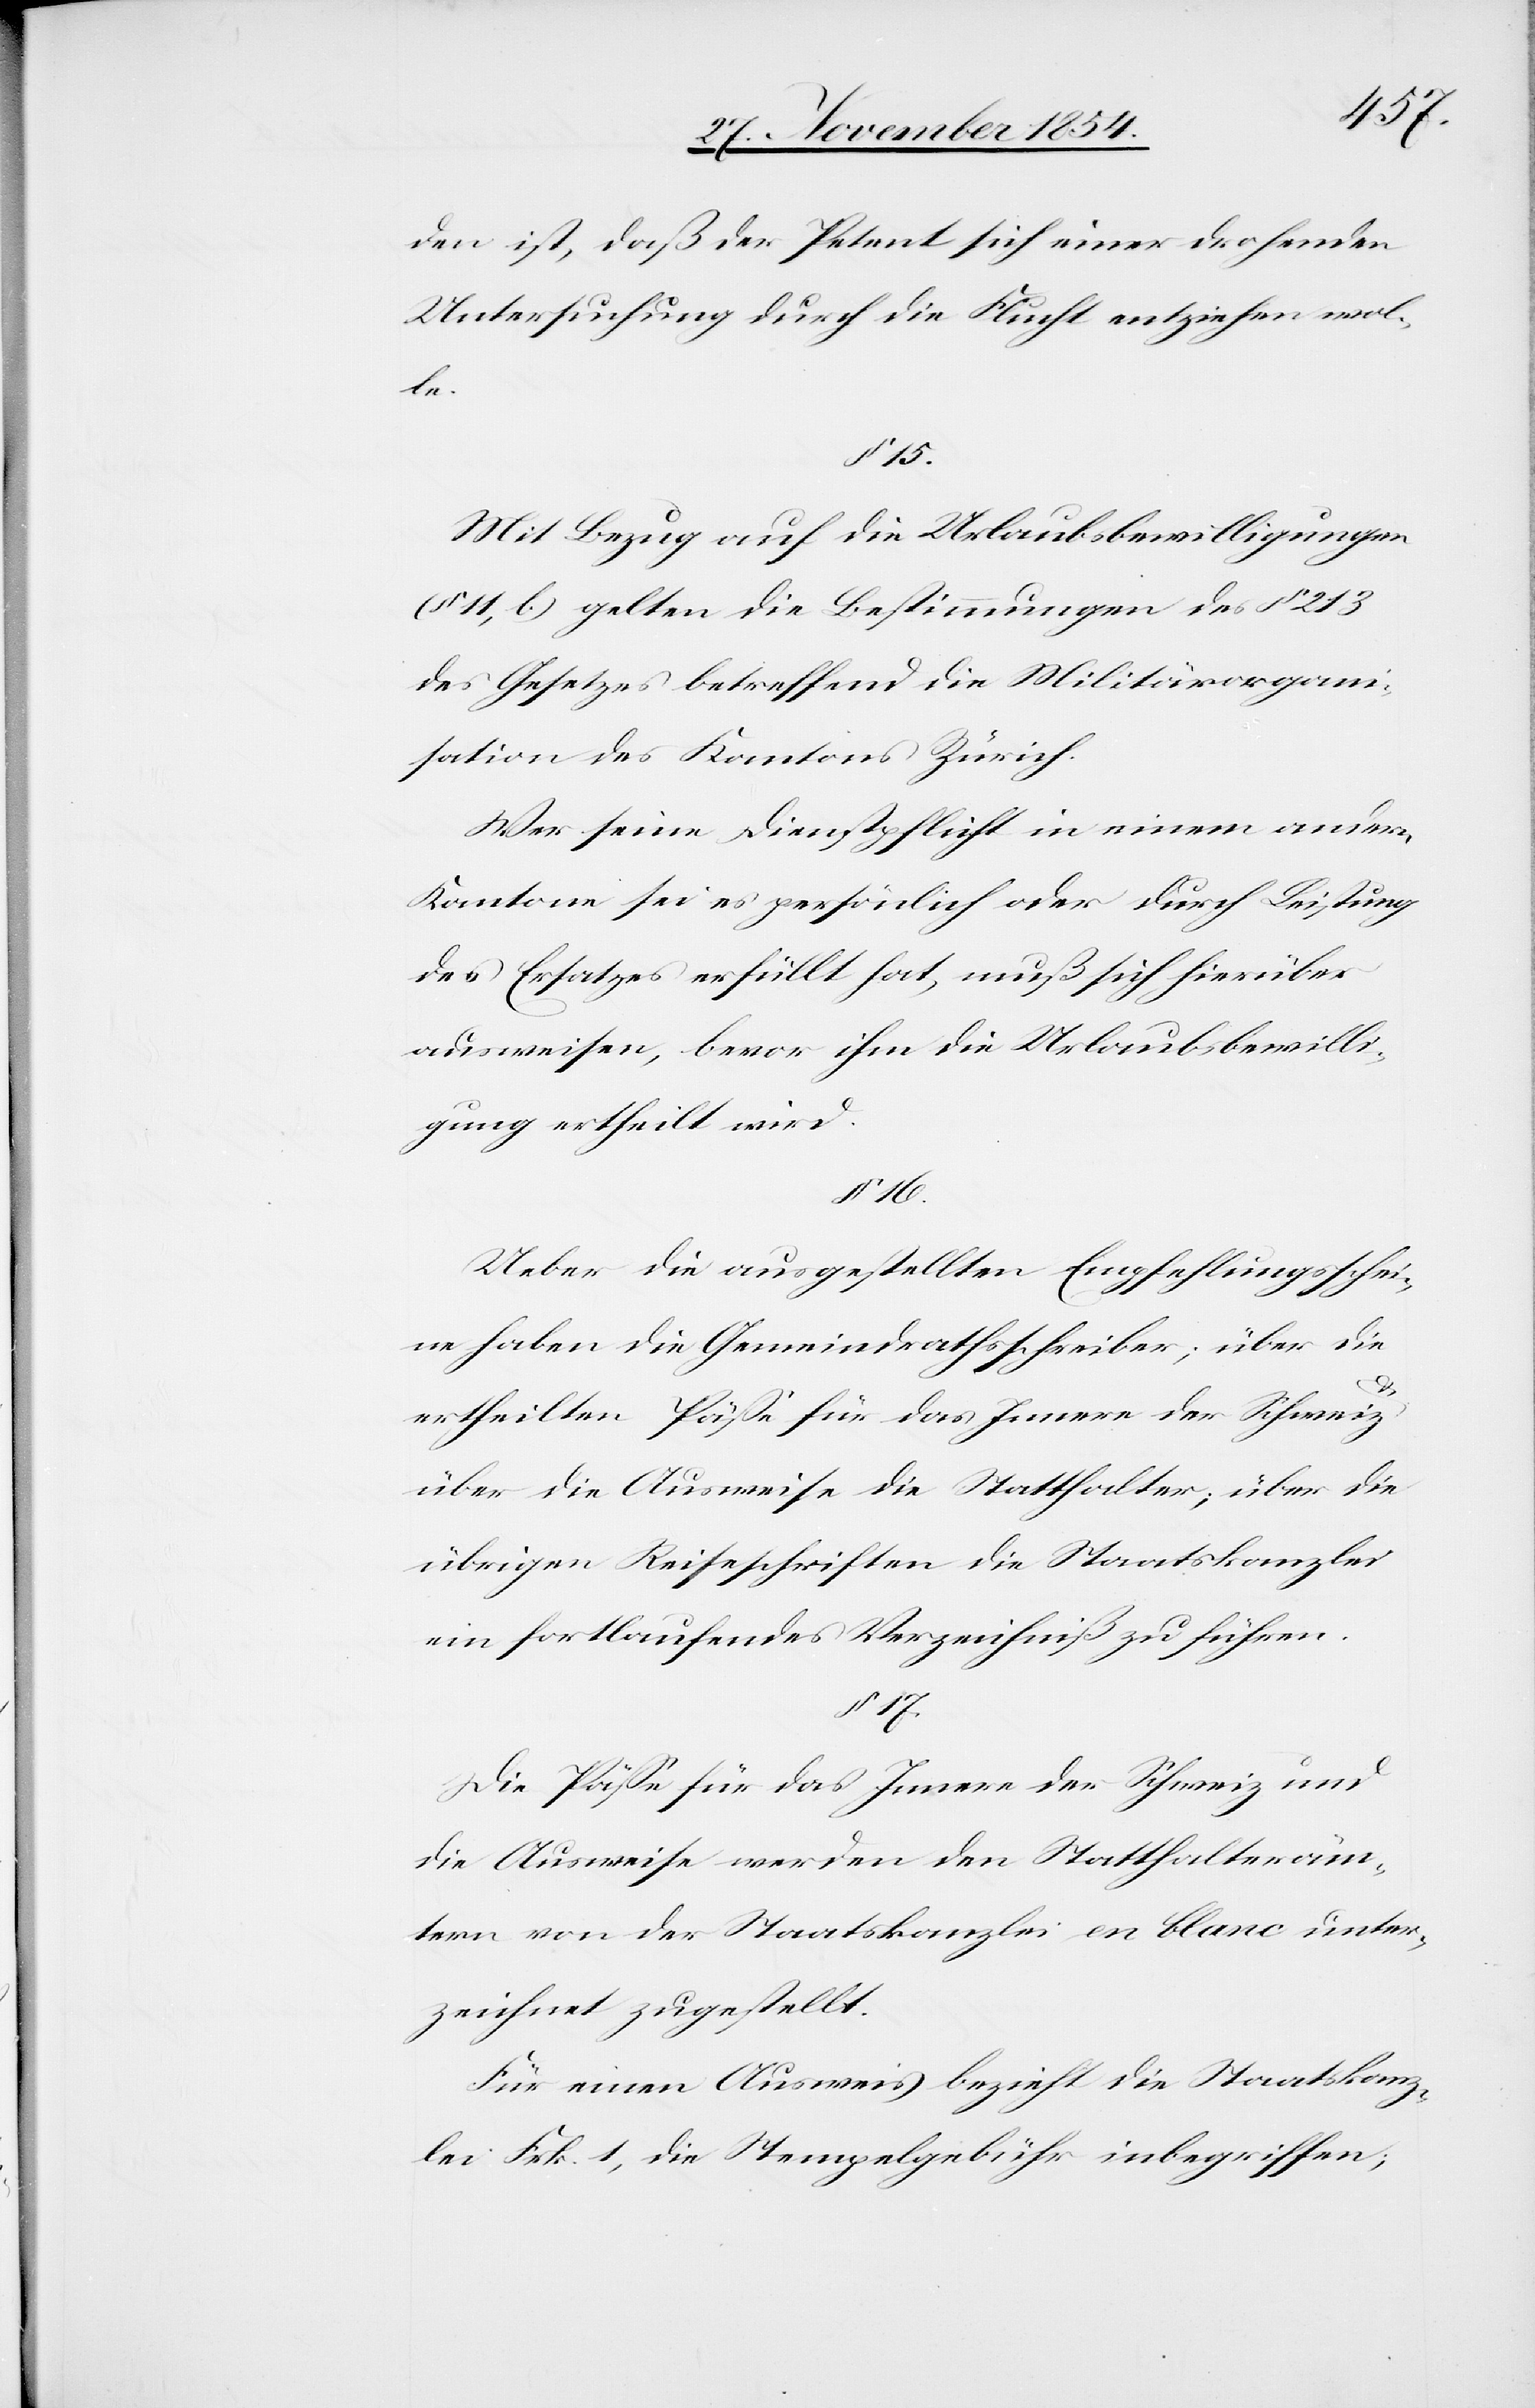
den ist, daß der Petent sich einer drohenden
Untersuchung durch die Flucht entziehen wol¬
le.
§ 15.
Mit Bezug auf die Urlaubsbewilligungen
(§ 11, b.) gelten die Bestimmungen des § 213
des Gesetzes betreffend die Militärorgan¬
isation des Kantons Zürich.
Wer seine Dienstpflicht in einem andern
Kantone sei es persönlich oder durch Leistung
des Ersatzes erfüllt hat, muß sich hierüber
ausweisen, bevor ihm die Urlaubsbewilli¬
gung ertheilt wird.
§ 16.
Ueber die ausgestellten Empfehlungsschei¬
ne haben die Gemeindrathsschreiber; über die
ertheilten Päße für das Innere der Schweiz
über die Ausweise die Statthalter; über die
übrigen Reiseschriften die Staatskanzlei
ein fortlaufendes Verzeichniß zu führen.
§ 17.
Die Päße für das Innere der Schweiz und
die Ausweise werden den Statthalteräm¬
tern von der Staatskanzlei en blanc unter¬
zeichnet zugestellt.
Für einen Ausweis bezieht die Staatskanz¬
lei Frk. 1, die Stempelgebühr inbegriffen;